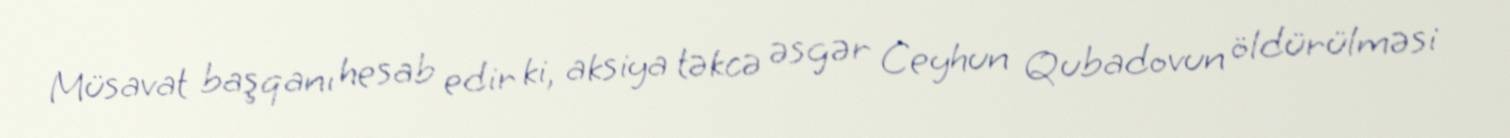
Müsavat başqanı hesab edir ki, aksiya təkcə əsgər Ceyhun Qubadovun öldürülməsi